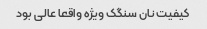
کیفیت نان سنگک ویژه واقعا عالی بود